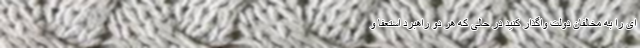
ای را به مخالفان دولت واگذار کنید در حالی که هر دو راهبرد استعفا و